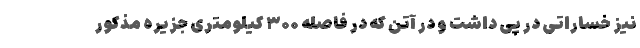
نیز خساراتی در پی داشت و در آتن که در فاصله ۳۰۰ کیلومتری جزیره مذکور